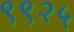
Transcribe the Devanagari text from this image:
९९२५